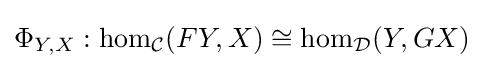
\Phi _{Y,X}:\mathrm {hom} _{\mathcal {C}}(FY,X)\cong \mathrm {hom} _{\mathcal {D}}(Y,GX)